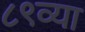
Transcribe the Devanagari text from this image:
८९व्या